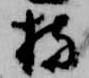
持